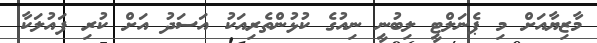
މާޒިޔާއަށް މި ޕެނަލްޓީ ލިބުނީ ނިއުގެ ކުޅުންތެރިއަކު އަސަދު އަށް ކުރި ފައުލަކާ